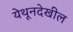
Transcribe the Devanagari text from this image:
येथूनदेखील